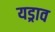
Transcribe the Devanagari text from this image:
यड्राव